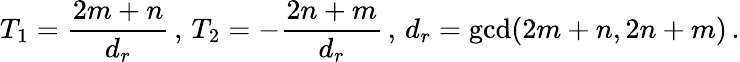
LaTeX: T_{1}=\frac{2m+n}{d_{r}}\, ,\, T_{2}=-\frac{2n+m}{d_{r}}\, ,\, d_{r}=\operatorname*{gcd}(2m+n,2n+m)\, .